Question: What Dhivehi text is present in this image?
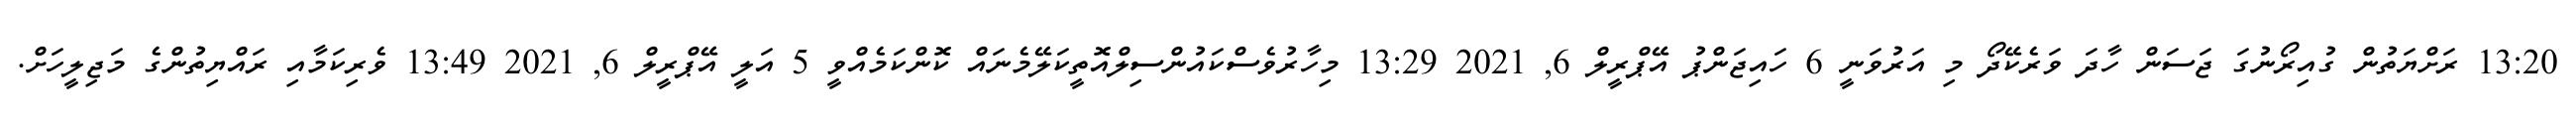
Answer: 13:20 ރަށްޔަތުން ގުއިރޯނުގަ ޖަސަން ހާދަ ވަރެކޭދޯ މި އަރުވަނީ 6 ހައިޖަންޕު އޭޕްރީލް 6, 2021 13:29 މިހާރުވެސްކައުންސިލްއޮތީކަލޭމެނައް ކޮންކަމެއްވީ 5 އަލީ އޭޕްރީލް 6, 2021 13:49 ވެރިކަމާއި ރައްޔިތުންގެ މަޖިލީހަށް.